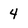
Character: 4